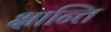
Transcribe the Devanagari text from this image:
क्षान्ति